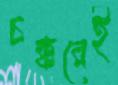
চক্করেই